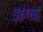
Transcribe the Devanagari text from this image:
अग्न